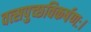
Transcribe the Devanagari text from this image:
वत्सपुच्छविकर्षणः।